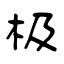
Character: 极